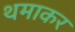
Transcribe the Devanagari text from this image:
थमाकर